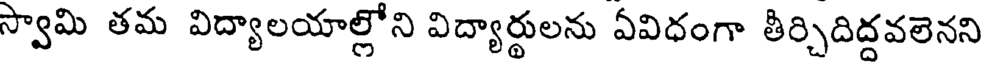
స్వామి తమ విద్యాలయాల్లోని విద్యార్థులను ఏవిధంగా తీర్చిదిద్దవలెనని